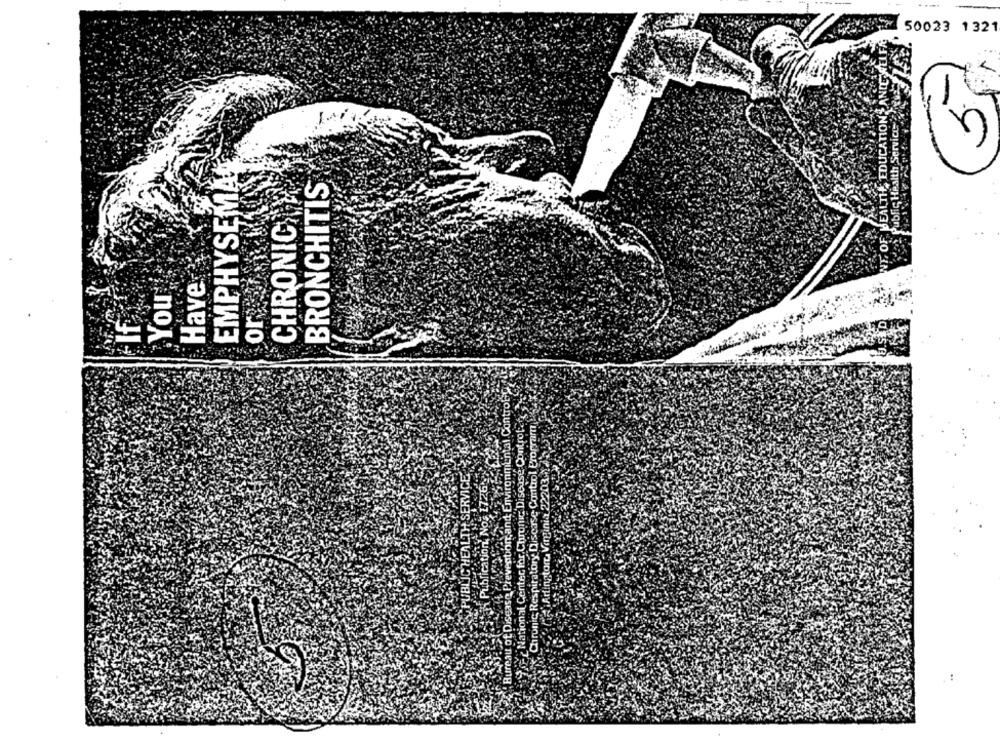
50023 1321
1
1.
EMPHYSEMA
BRONCHITIS
CHRONICH
Have
You
If
Bureau of Disease Prevention, and Environmental Control
ez National Center for,Chronic Disease:Controfete
Chronic Respiratory Disease Control Program
Aringtom, Virginia 22203 1223
Publication, No. 1726-
PUBLIC HEALTH SERVICE